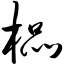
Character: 榀